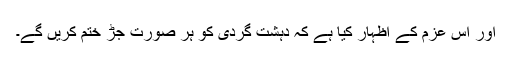
اور اس عزم کے اظہار کیا ہے کہ دہشت گردی کو ہر صورت جڑ ختم کریں گے۔